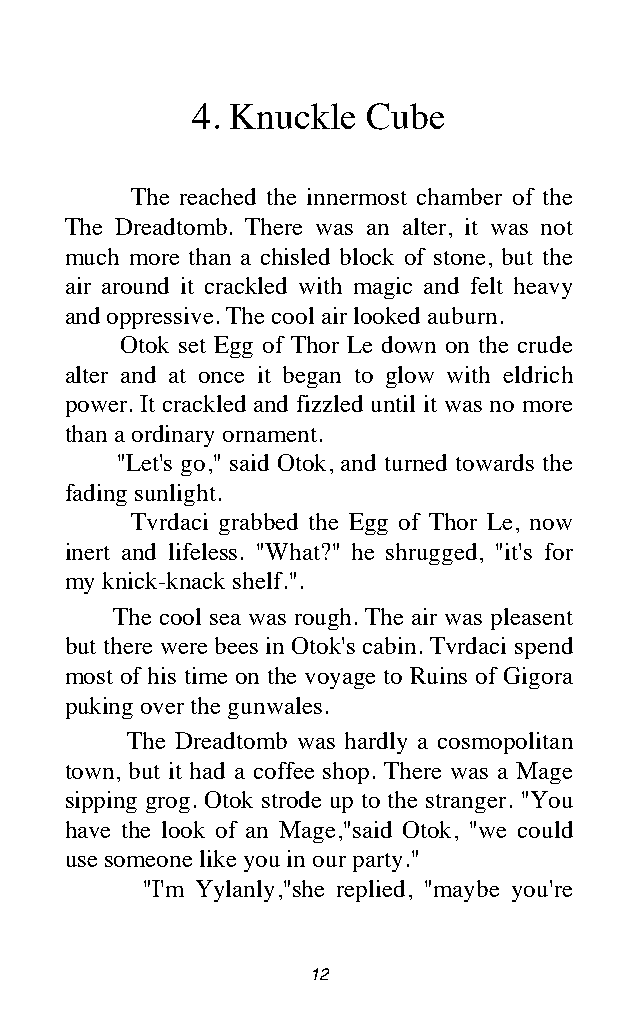
4. Knuckle Cube
 The reached the innermost chamber of the
 The Dreadtomb. There was an alter, it was not
 much more than a chisled block of stone, but the
 air around it crackled with magic and felt heavy
 and oppressive. The cool air looked auburn.
 Otok set Egg of Thor Le down on the crude
 alter and at once it began to glow with eldrich
 power. It crackled and fizzled until it was no more
 than a ordinary ornament.
 "Let's go," said Otok, and turned towards the
 fading sunlight.
 Tvrdaci grabbed the Egg of Thor Le, now
 inert and lifeless. "What?" he shrugged, "it's for
 my knick-knack shelf.".
 The cool sea was rough. The air was pleasent
 but there were bees in Otok's cabin. Tvrdaci spend
 most of his time on the voyage to Ruins of Gigora
 puking over the gunwales.
 The Dreadtomb was hardly a cosmopolitan
 town, but it had a coffee shop. There was a Mage
 sipping grog. Otok strode up to the stranger. "You
 have the look of an Mage,"said Otok, "we could
 use someone like you in our party."
 "I'm Yylanly,"she replied, "maybe you're
 12